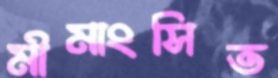
মীমাংসিত